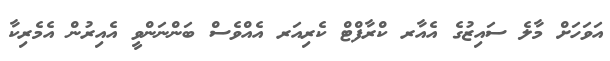
އަވަހަށް މާލެ ސައިޒުގެ އެއާރ ކްރާފްޓް ކެރިއަރ އެއްވެސް ބަންނަންވީ އެއިރުން އެމެރިކާ